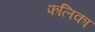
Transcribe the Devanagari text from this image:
फलिका